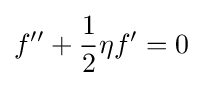
f''+{\frac {1}{2}}\eta f'=0